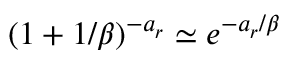
( 1 + 1 / \beta ) ^ { - a _ { r } } \simeq e ^ { - a _ { r } / \beta }